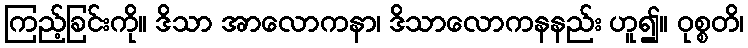
ကြည့်ခြင်းကို။ ဒိသာ အာလောကနာ၊ ဒိသာလောကနနည်း ဟူ၍။ ဝုစ္စတိ၊